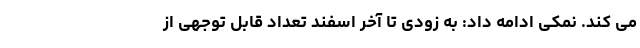
می کند. نمکی ادامه داد: به زودی تا آخر اسفند تعداد قابل توجهی از